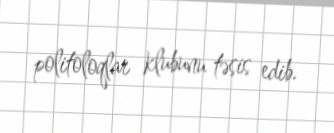
politoloqlar klubunu təsis edib.